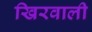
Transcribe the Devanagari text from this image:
खिरवाली